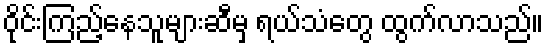
ဝိုင်းကြည့်နေသူများဆီမှ ရယ်သံတွေ ထွက်လာသည်။